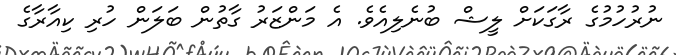
ނުރުހުމުގެ ރާގަކަށް ލީޝް ބުނެލިއެވެ. އެ މަންޒަރު ގާތުން ބަލަން ހުރި ކިއާރާގެ